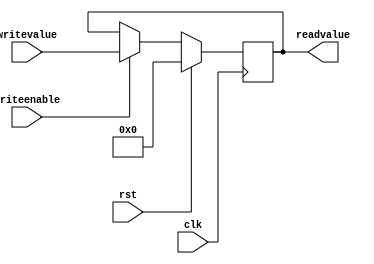
/*
   This file was generated automatically by the Mojo IDE version B1.3.6.
   Do not edit this file directly. Instead edit the original Lucid source.
   This is a temporary file and any changes made to it will be destroyed.
*/

/*
   Parameters:
     BITS = 6
*/
module registers_36 (
    input clk,
    input rst,
    input writeenable,
    input [5:0] writevalue,
    output reg [5:0] readvalue
  );
  
  localparam BITS = 3'h6;
  
  
  reg [5:0] M_reg_d, M_reg_q = 1'h0;
  
  always @* begin
    M_reg_d = M_reg_q;
    
    readvalue = M_reg_q;
    if (writeenable == 1'h1) begin
      M_reg_d = writevalue;
    end else begin
      M_reg_d = M_reg_q;
    end
  end
  
  always @(posedge clk) begin
    if (rst == 1'b1) begin
      M_reg_q <= 1'h0;
    end else begin
      M_reg_q <= M_reg_d;
    end
  end
  
endmodule